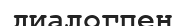
диалогпен